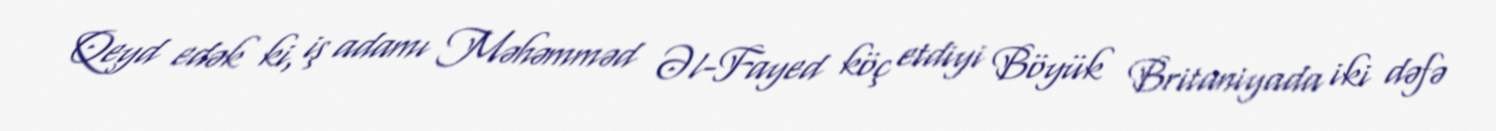
Qeyd edək ki, iş adamı Məhəmməd Əl-Fayed köç etdiyi Böyük Britaniyada iki dəfə